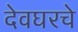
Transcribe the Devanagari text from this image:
देवघरचे